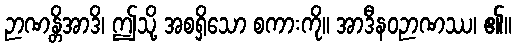
ဉာဏန္တိအာဒိ၊ ဤသို့ အစရှိသော စကားကို။ အာဒီနဝဉာဏဿ၊ ၏။